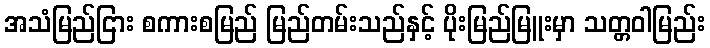
အသံမြည်ငြား စကားစမြည် မြည်တမ်းသည်နှင့် ပိုးမြည်မြူးမှာ သတ္တဝါမြည်း